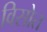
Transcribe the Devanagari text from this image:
विसोत